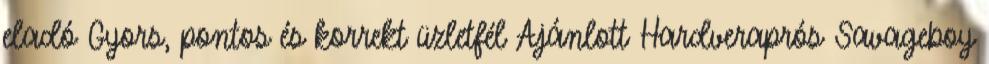
eladó Gyors, pontos és korrekt üzletfél Ajánlott Hardveraprós Savageboy